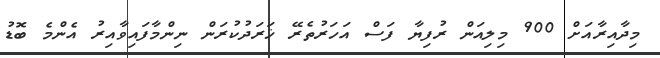
މިދާއިރާއަށް 900 މިލިއަން ރުފިޔާ ފަސް އަހަރުތެރޭ ޚަރަދުކުރަން ނިންމާފައިވާއިރު އެންމެ ބޮޑު